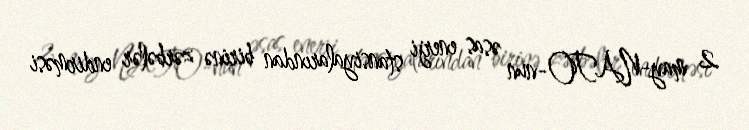
2 may-NATO-nun əsas enerji stansiyalarından birinə zərbələr endirməsi